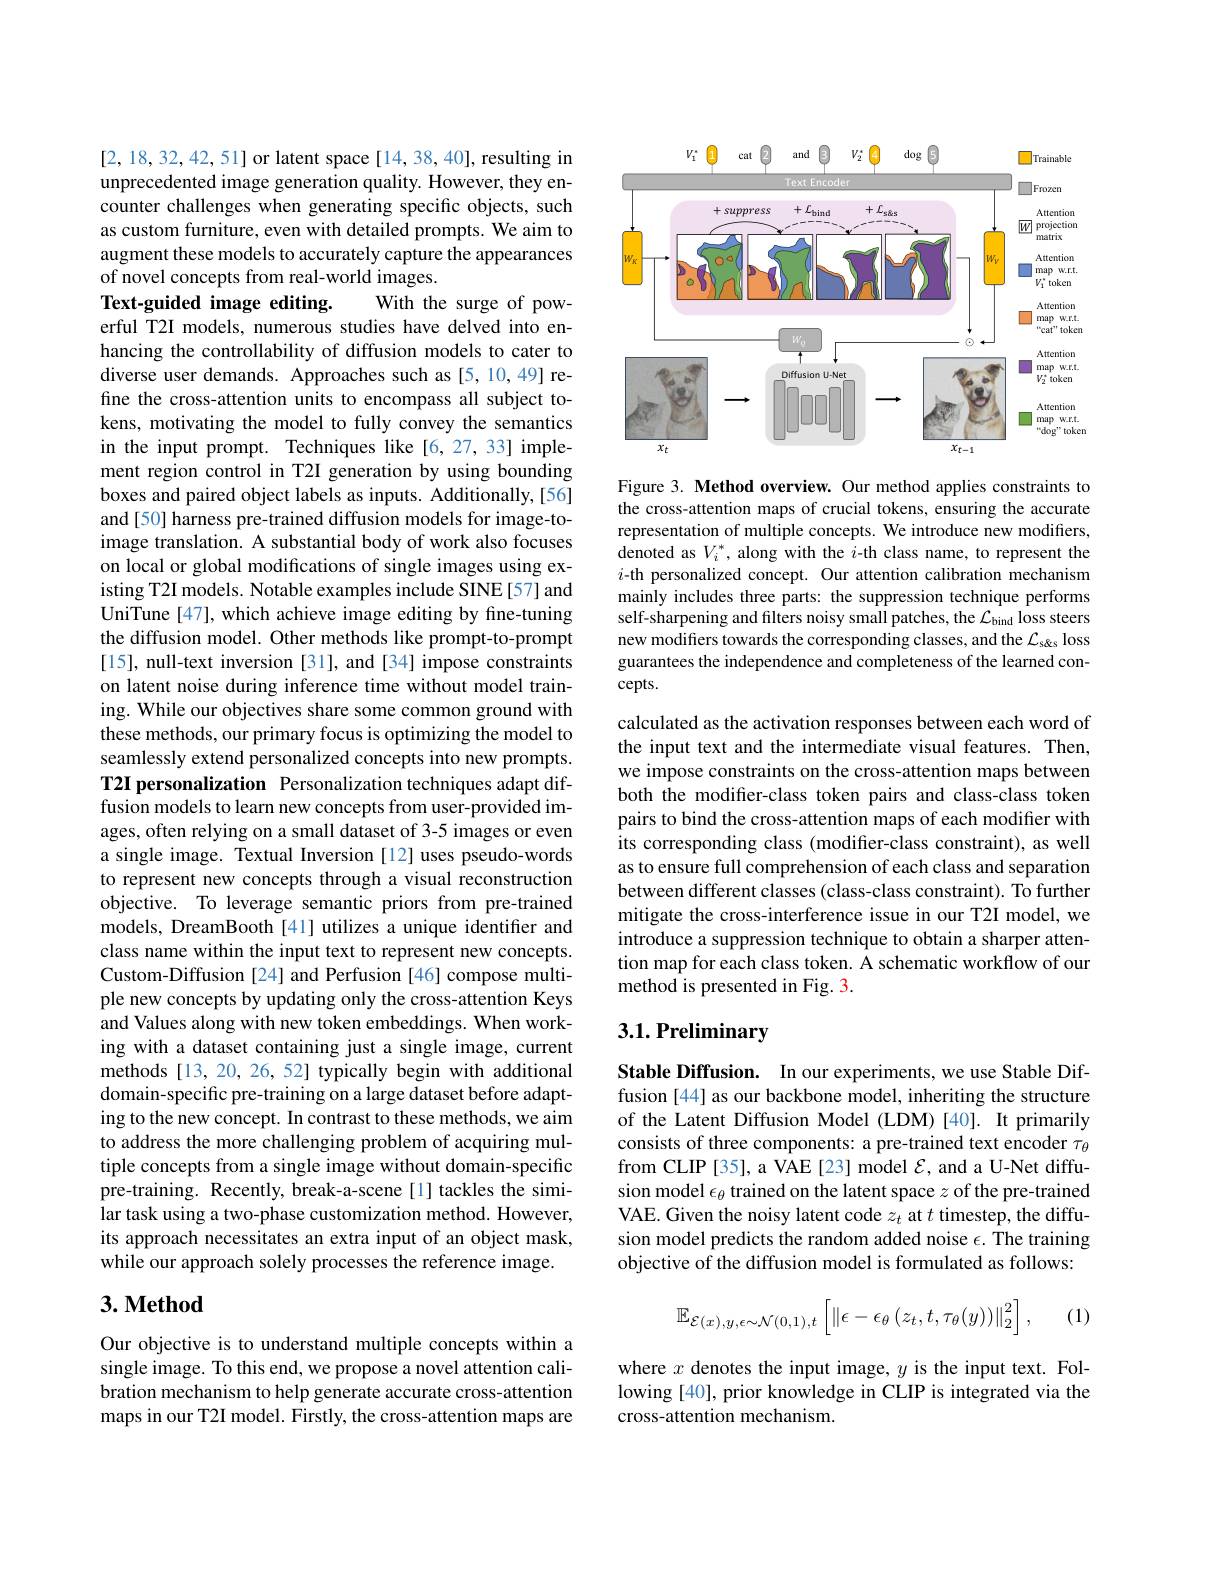
[2,18,32,42,51] or latent space [14,38,40], resulting in unprecedented image generation quality. However, they encounter challenges when generating specific objects, such as custom furniture, even with detailed prompts. We aim to augment these models to accurately capture the appearances of novel concepts from real-world images.
Text-guided image editing.
With the surge of pow-
erful T2I models, numerous studies have delved into enhancing the controllability of diffusion models to cater to diverse user demands. Approaches such as [5,10,49] refine the cross-attention units to encompass all subject tokens, motivating the model to fully convey the semantics in the input prompt. Techniques like [6,27,33] implement region control in T2I generation by using bounding boxes and paired object labels as inputs. Additionally, [56] and [50] harness pre-trained diffusion models for image-toimage translation. A substantial body of work also focuses on local or global modifications of single images using existing T2I models. Notable examples include SINE [57] and UniTune [47], which achieve image editing by fine-tuning the diffusion model. Other methods like prompt-to-prompt [15], null-text inversion [31], and [34] impose constraints on latent noise during inference time without model training. While our objectives share some common ground with these methods, our primary focus is optimizing the model to seamlessly extend personalized concepts into new prompts. T2I personalization Personalization techniques adapt diffusion models to learn new concepts from user-provided images, often relying on a small dataset of 3-5 images or even a single image. Textual Inversion [12] uses pseudo-words to represent new concepts through a visual reconstruction objective. To leverage semantic priors from pre-trained models, DreamBooth [41] utilizes a unique identifier and class name within the input text to represent new concepts. Custom-Diffusion [24] and Perfusion [46] compose multiple new concepts by updating only the cross-attention Keys and Values along with new token embeddings. When working with a dataset containing just a single image, current methods [13, 20, 26, 52] typically begin with additional domain-specific pre-training on a large dataset before adapting to the new concept. In contrast to these methods, we aim to address the more challenging problem of acquiring multiple concepts from a single image without domain-specific pre-training. Recently, break-a-scene[1] tackles the similar task using a two-phase customization method. However, its approach necessitates an extra input of an object mask, while our approach solely processes the reference image.

# $3. \textbf{Method}$

Our objective is to understand multiple concepts within a single image. To this end, we propose a novel attention calibration mechanism to help generate accurate cross-attention maps in our T2I model. Firstly, the cross-attention maps are

<FigureHere>

Figure 3. Method overview. Our method applies constraints to the cross-attention maps of crucial tokens, ensuring the accurate representation of multiple concepts. We introduce new modifiers, denoted as $V_i^*$, along with the $i$-th class name, to represent the $i$-th personalized concept. Our attention calibration mechanism mainly includes three parts: the suppression technique performs self-sharpening and filters noisy small patches, the $\mathcal{L}_\mathrm{bind}$ loss steers new modifiers towards the corresponding classes, and the $\mathcal{L}_\mathrm{s\&s}$ loss guarantees the independence and completeness of the learned con- $cepts.$

calculated as the activation responses between each word of the input text and the intermediate visual features. Then, we impose constraints on the cross-attention maps between both the modifer-class token pairs and class-class token pairs to bind the cross-attention maps of each modifter with its corresponding class (modifer-class constraint), as well as to ensure full comprehension of each class and separation between different classes (class-class constraint). To further mitigate the cross-interference issue in our T2I model, we introduce a suppression technique to obtain a sharper attention map for each class token. A schematic workflow of our method is presented in Fig. 3.

# 3.1. Preliminary

Stable Diffusion. In our experiments, we use Stable Diffusion [44] as our backbone model, inheriting the structure of the Latent Diffusion Model (LDM)[40]. It primarily consists of three components: a pre-trained text encoder $\tau_{\theta}$ from CLIP [35], a VAE [23] model $\mathcal{E}$, and a U-Net diffusion model $\epsilon_\theta$ trained on the latent space $z$ of the pre-trained VAE. Given the noisy latent code $z_t$ at $t$ timestep, the diffusion model predicts the random added noise $\epsilon.$ The training objective of the diffusion model is formulated as follows:
$$\mathbb{E}_{\mathcal{E}(x),y,\epsilon\sim\mathcal{N}(0,1),t}\left[\left\|\epsilon-\epsilon_{\theta}\left(z_{t},t,\tau_{\theta}(y)\right)\right\|_{2}^{2}\right],$$
(1)

where $x$ denotes the input image, $y$ is the input text. Following [40], prior knowledge in CLIP is integrated via the cross-attention mechanism.